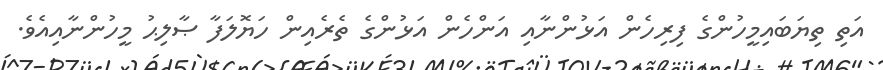
އަތި ތިޔަބައިމީހުންގެ ފިރިހެން އަޅުންނާއި އަންހެން އަޅުންގެ ތެރެއިން ހަޔޮލަފާ ޞާލިޙު މީހުންނާއިއެވެ.